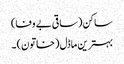
ساکن (ساقی بے وفا)
بہترین ماڈل (خاتون) ۔